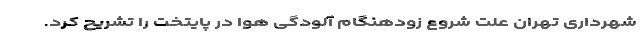
شهرداری تهران علت شروع زودهنگام آلودگی هوا در پایتخت را تشریح کرد.